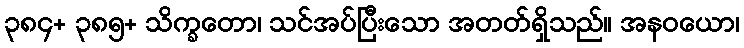
၃၈၄+ ၃၈၅+ သိက္ခတော၊ သင်အပ်ပြီးသော အတတ်ရှိသည်။ အနဝယော၊